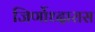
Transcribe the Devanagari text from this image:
जिर्णोध्दारास